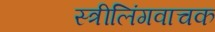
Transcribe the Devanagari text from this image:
स्त्रीलिंगवाचक